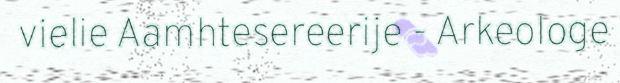
vielie Aamhtesereerije - Arkeologe